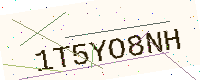
Text: 1T5YO8NH